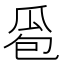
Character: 𰢜